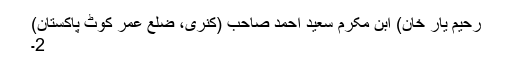
رحیم یار خان) ابن مکرم سعید احمد صاحب (کنری، ضلع عمر کوٹ پاکستان)
2۔